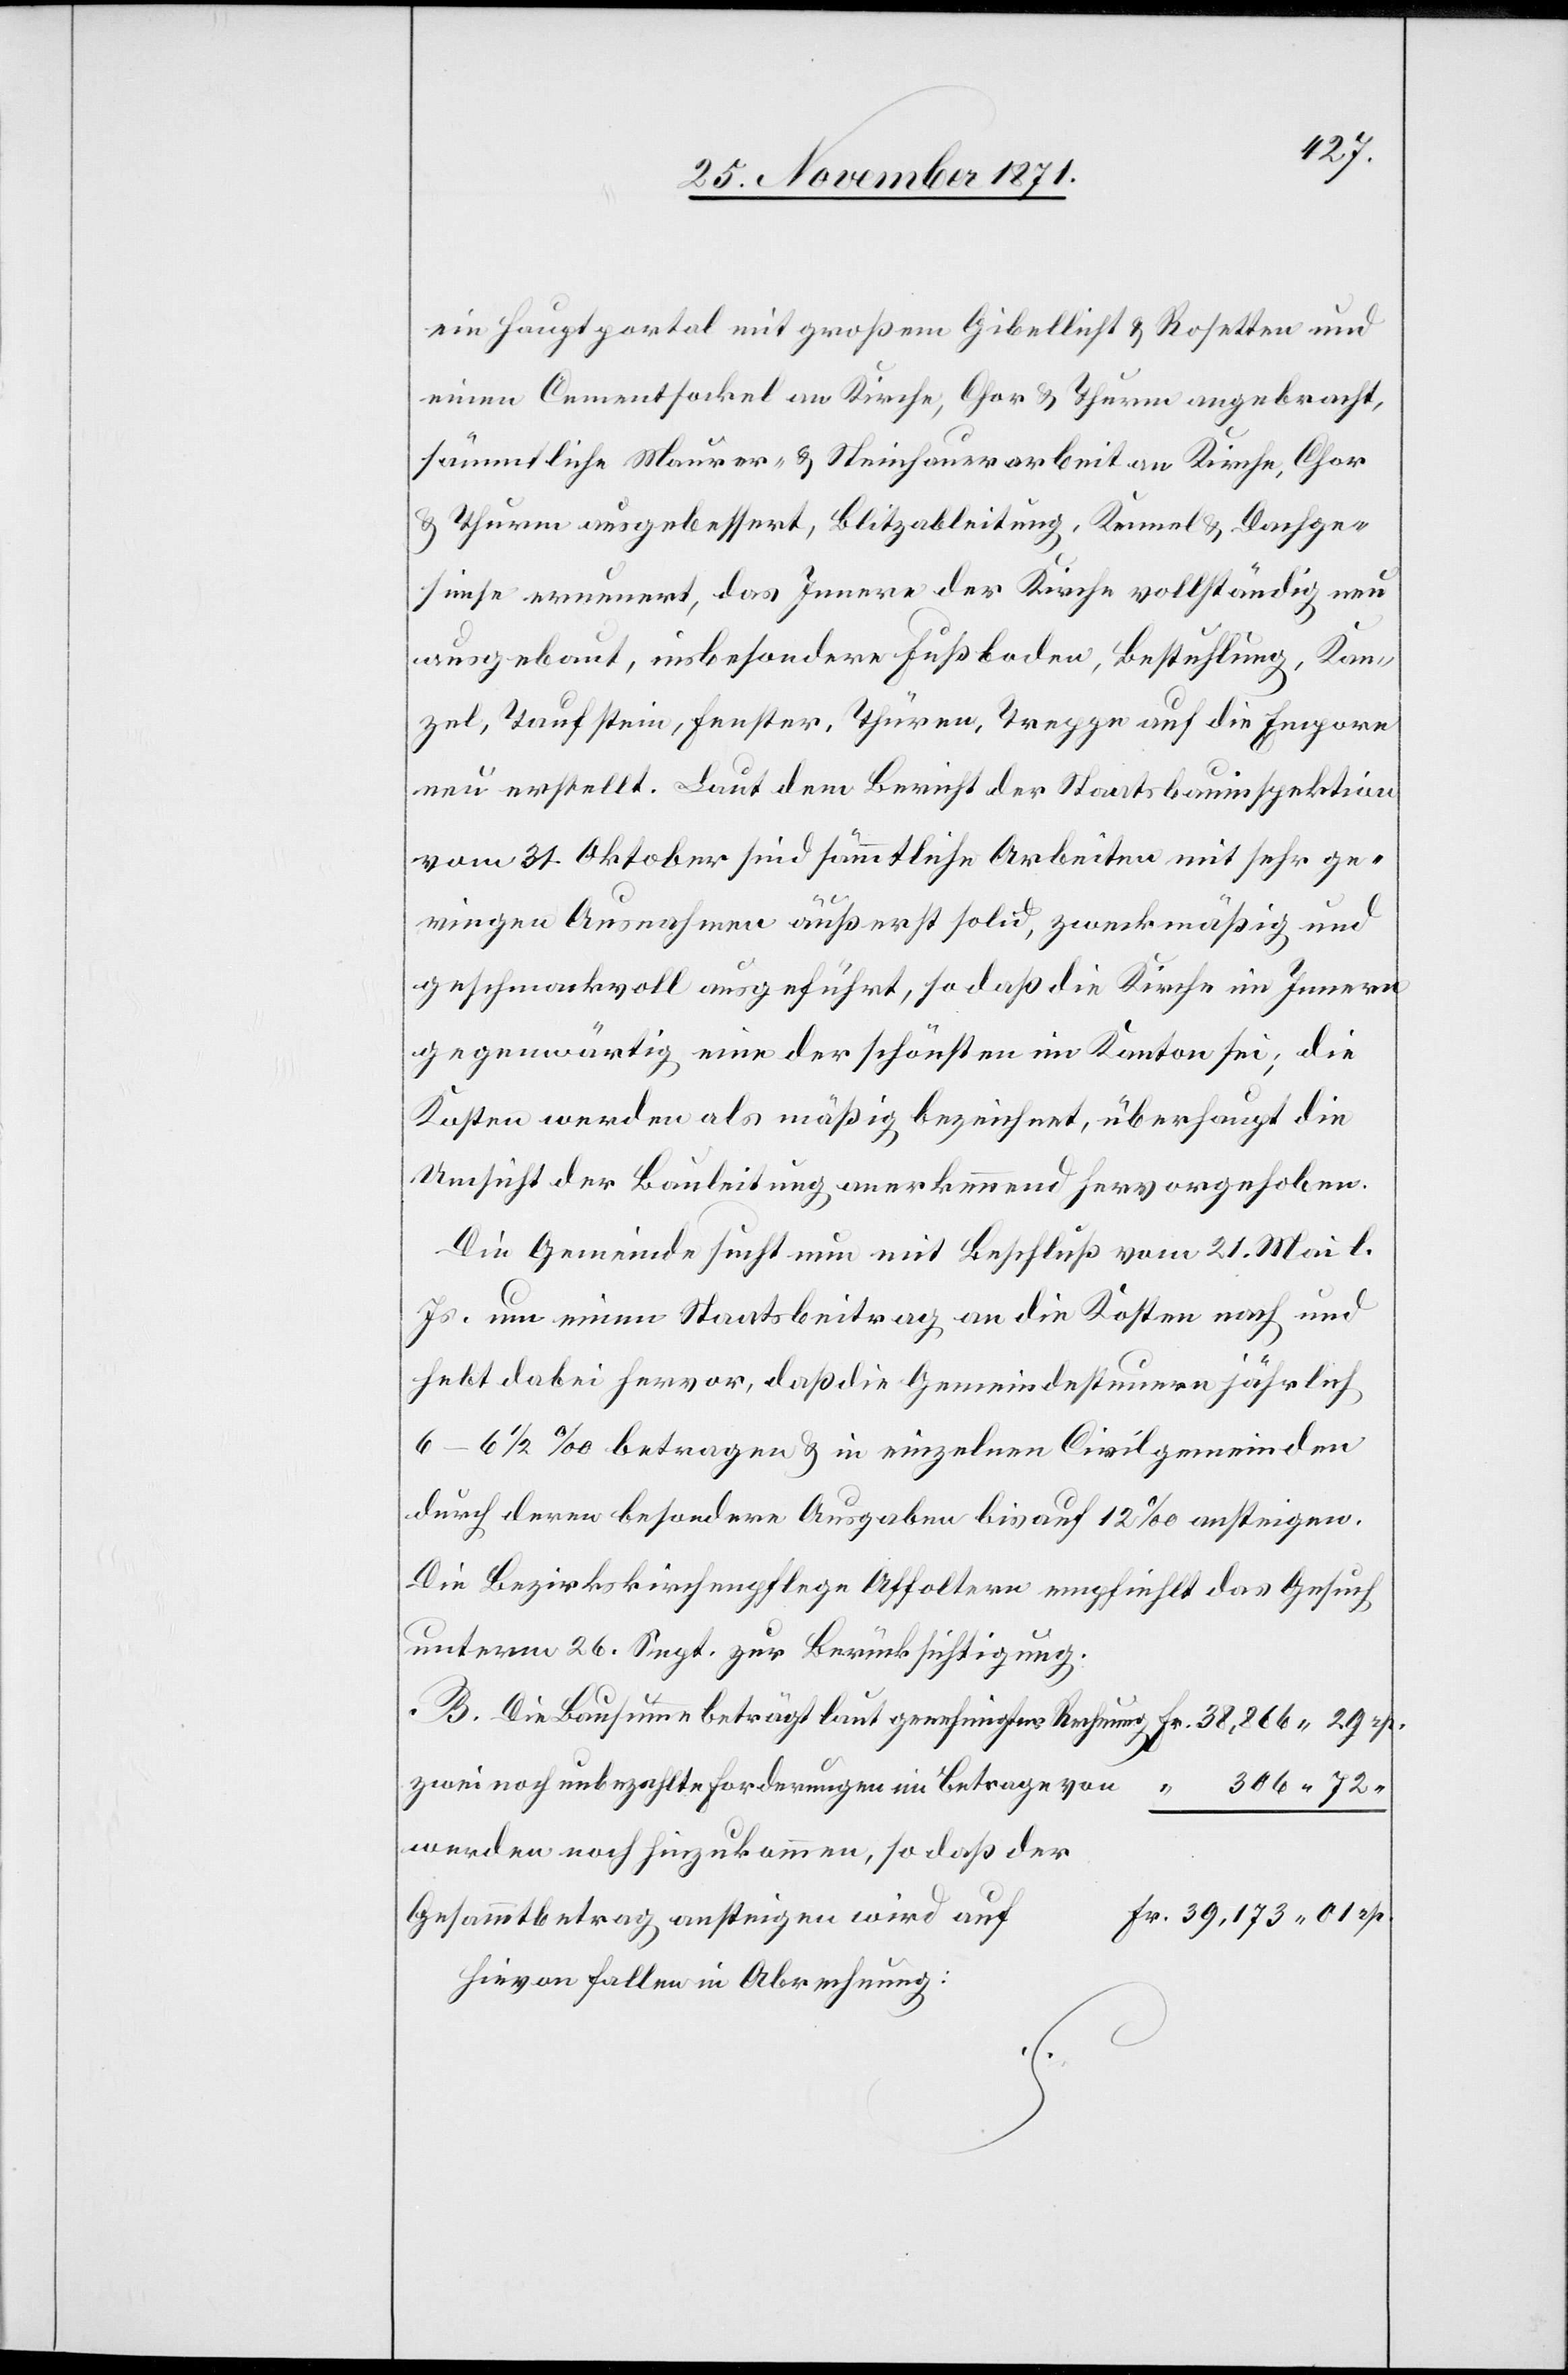
ein Hauptportal mit großem Gibellicht & Rosetten und
einem Cumentsockel an Kirche, Chor & Thurm angebracht,
sämmtliche Maurer- & Steinhauerarbeit an Kirche, Chor
& Thurm ausgebessert, Blitzableitung, Kennel & Dachge¬
simse erneuert, das Innere der Kirche vollständig neu
ausgebaut, insbesondere Fußboden, Bestuhlung, Kan¬
zel, Taufstein, Fenster, Thüren, Treppen auf die Empore
neu erstellt. Laut dem Bericht der Staatsbauinspektion
vom 31. Oktober sind sämmtliche Arbeiten mit sehr ge¬
ringen Ausnahmen äußerst solid, zweckmäßig und
geschmackvoll ausgeführt, so daß die Kirche im Innern
gegenwärtig eine der schönsten im Kanton sei; die
Kosten werden als mäßig bezeichnet, überhaupt die
Umsicht der Bauleitung anerkennend hervorgehoben.
Die Gemeinde sucht nun mit Beschluß vom 21. Mai l.
Js. um einen Staatsbeitrag an die Kosten nach und
hebt dabei hervor, daß die Gemeindesteuern jährlich
6–6 1/2‰ betragen & in einzelnen Civilgemeinden
durch deren besondere Ausgaben bis auf 12‰ ansteigen.
Die Bezirkskirchenpflege Affoltern empfhielt das Gesuch
unterm 26. Sept. zur Berücksichtigung.
B. Die Bausumme beträgt laut genehmigter Rechnung Fr. 38,866.29 p.
zwei noch unbezahlte Forderungen im Betrage von “ 306.72 “
werden noch hinzukommen, so daß der
Gesammtbetrag ansteigen wird auf
Fr. 39,173.01 p.
Hievon fallen in Abrechnung: